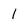
Character: l